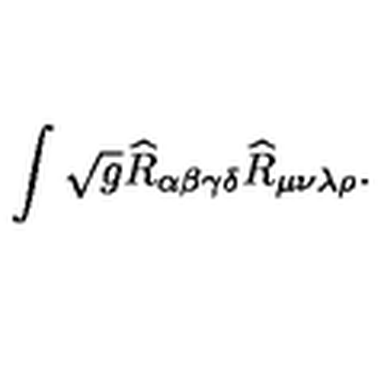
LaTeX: \int \sqrt { g } \widehat { R } _ { \alpha \beta \gamma \delta } \widehat { R } _ { \mu \nu \lambda \rho } .